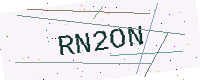
Text: RN2ON